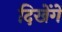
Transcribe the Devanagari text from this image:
दिखेंगें